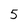
Character: 5